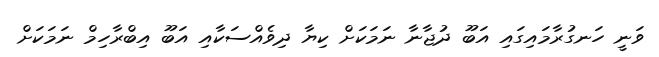
ވަނީ ހަނގުރާމައިގައި އަބޫ ދުޖާނާ ނަމަކަށް ކިޔާ ދިވެއްސަކާއި އަބޫ އިބްރާހިމް ނަމަކަށް